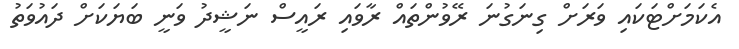
އެކަމަށްޓަކައި ވަރަށް ގިނަގުނަ ރޭވުންތައް ރާވައި ރައީސް ނަޝީދު ވަނީ ބަޔަކަށް ދައުވަތު